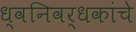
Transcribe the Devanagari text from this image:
ध्वनिवर्धकांचे